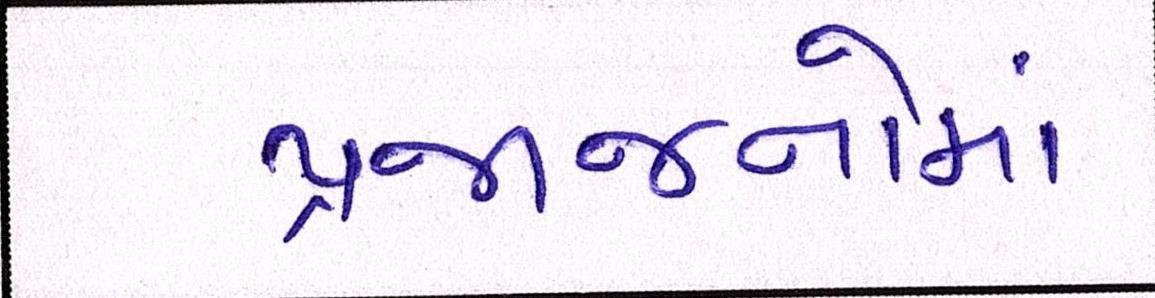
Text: પ્રજાજનોમાં